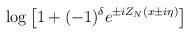
LaTeX: \begin{align*}\log \left[ 1+(-1)^{\delta }e^{\pm iZ_{N}(x\pm i\eta )}\right]\end{align*}